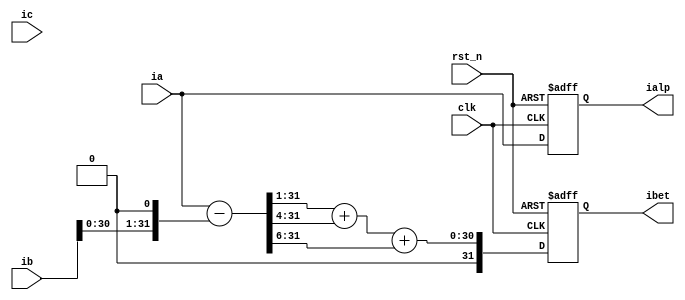
/****************************/
/*clarke module     */
/*author:carloy     */
/*version:v0.0      */
/*date:2022/2/18    */
/****************************/

module clarke #(parameter width=32)
    (
    input                     clk,
    input                     rst_n,

    input       [width-1:0]   ia,
    input       [width-1:0]   ib,
    input       [width-1:0]   ic,

    output wire [width-1:0]   ialp,
    output wire [width-1:0]   ibet
    
    );
//register
    reg         [width-1:0]   ialp_reg;
    reg         [width-1:0]   ibet_reg;
//wire
    assign      ialp = ialp_reg;
    assign      ibet = ibet_reg;
    wire        [width-1:0] ibet_t;    
    assign      ibet_t = {ia[31:0] - {ib[30:0],1'b0}};                  //??????? 
always @(posedge clk or negedge rst_n) 
    if(!rst_n)    
        ialp_reg <= 32'h0000;
    else
        ialp_reg <= ia;
always @(posedge clk or negedge rst_n)
    if (!rst_n) 
        ibet_reg <= 32'h0000;
    else
        ibet_reg <= {ibet_t[31:1] + ibet_t[31:4] + ibet_t[31:6]};   

endmodule